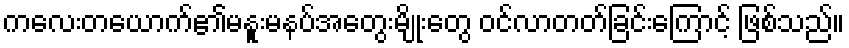
ကလေးတယောက်၏မနူးမနပ်အတွေးမျိုးတွေ ဝင်လာတတ်ခြင်းကြောင့် ဖြစ်သည်။